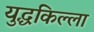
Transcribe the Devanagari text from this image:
युद्धकिल्ला